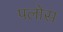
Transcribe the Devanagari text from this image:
पलोस